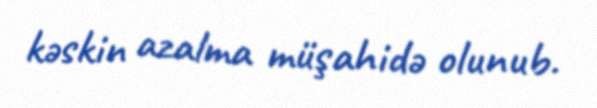
kəskin azalma müşahidə olunub.